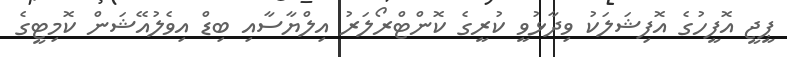
ޕީޖީ އޮފީހުގެ އޮފިޝަލަކު ވިދާޅުވީ ކުރީގެ ކޮންޓްރޯލަރު އިލްޔާސާއި ބިޑް އިވެލުއޭޝަން ކޮމިޓީގެ